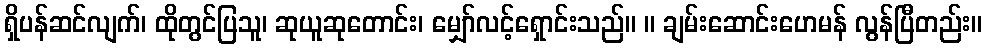
ရှိပန်ဆင်လျက်၊ ထိုတွင်ပြသူ၊ ဆုယူဆုတောင်း၊ မျှော်လင့်ရှောင်းသည်။ ။ ချမ်းဆောင်းဟေမန် လွန်ပြီတည်း။